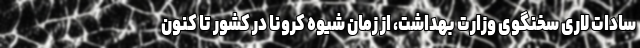
سادات لاری سخنگوی وزارت بهداشت، از زمان شیوه کرونا در کشور تا کنون